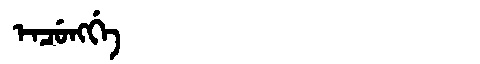
Manchu: ᡝᠨᠴᡠᠩᡤᡝ
Romanization: ENCUNGGE